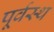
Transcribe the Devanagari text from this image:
पूर्वस्थ